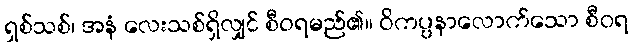
ရှစ်သစ်၊ အနံ လေးသစ်ရှိလျှင် စီဝရမည်၏။ ဝိကပ္ပနာလောက်သော စီဝရ